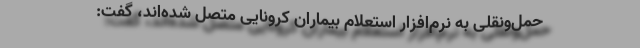
حمل‌ونقلی به نرم‌افزار استعلام بیماران کرونایی متصل شده‌اند، گفت: